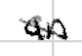
Text: an
Cross-out: diagonal
Writing tool: digital_black